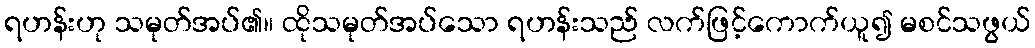
ရဟန်းဟု သမုတ်အပ်၏။ ထိုသမုတ်အပ်သော ရဟန်းသည် လက်ဖြင့်ကောက်ယူ၍ မစင်သဖွယ်